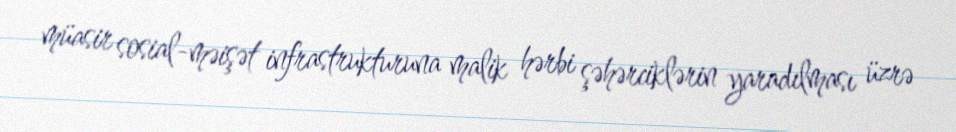
müasir sosial-məişət infrastrukturuna malik hərbi şəhərciklərin yaradılması üzrə